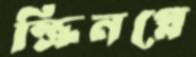
স্ক্রিনপ্লে